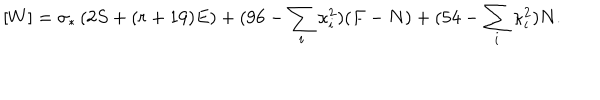
LaTeX: [ W ] = \sigma _ { * } \left( 2 S + ( r + 1 9 ) E \right) + ( 9 6 - \sum _ { i } \kappa _ { i } ^ { 2 } ) ( F - N ) + ( 5 4 - \sum _ { i } \kappa _ { i } ^ { 2 } ) N .